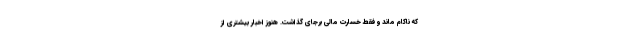
که ناکام ماند و فقط خسارت مالی برجای گذاشت. هنوز اخبار بیشتری از